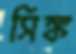
সিঙ্ক